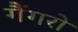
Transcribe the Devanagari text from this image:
गैंगरों